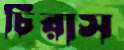
চিরাস